65_HS1-834228961_62-HQ-83894_Section_4
Agency: FBI
Page 172
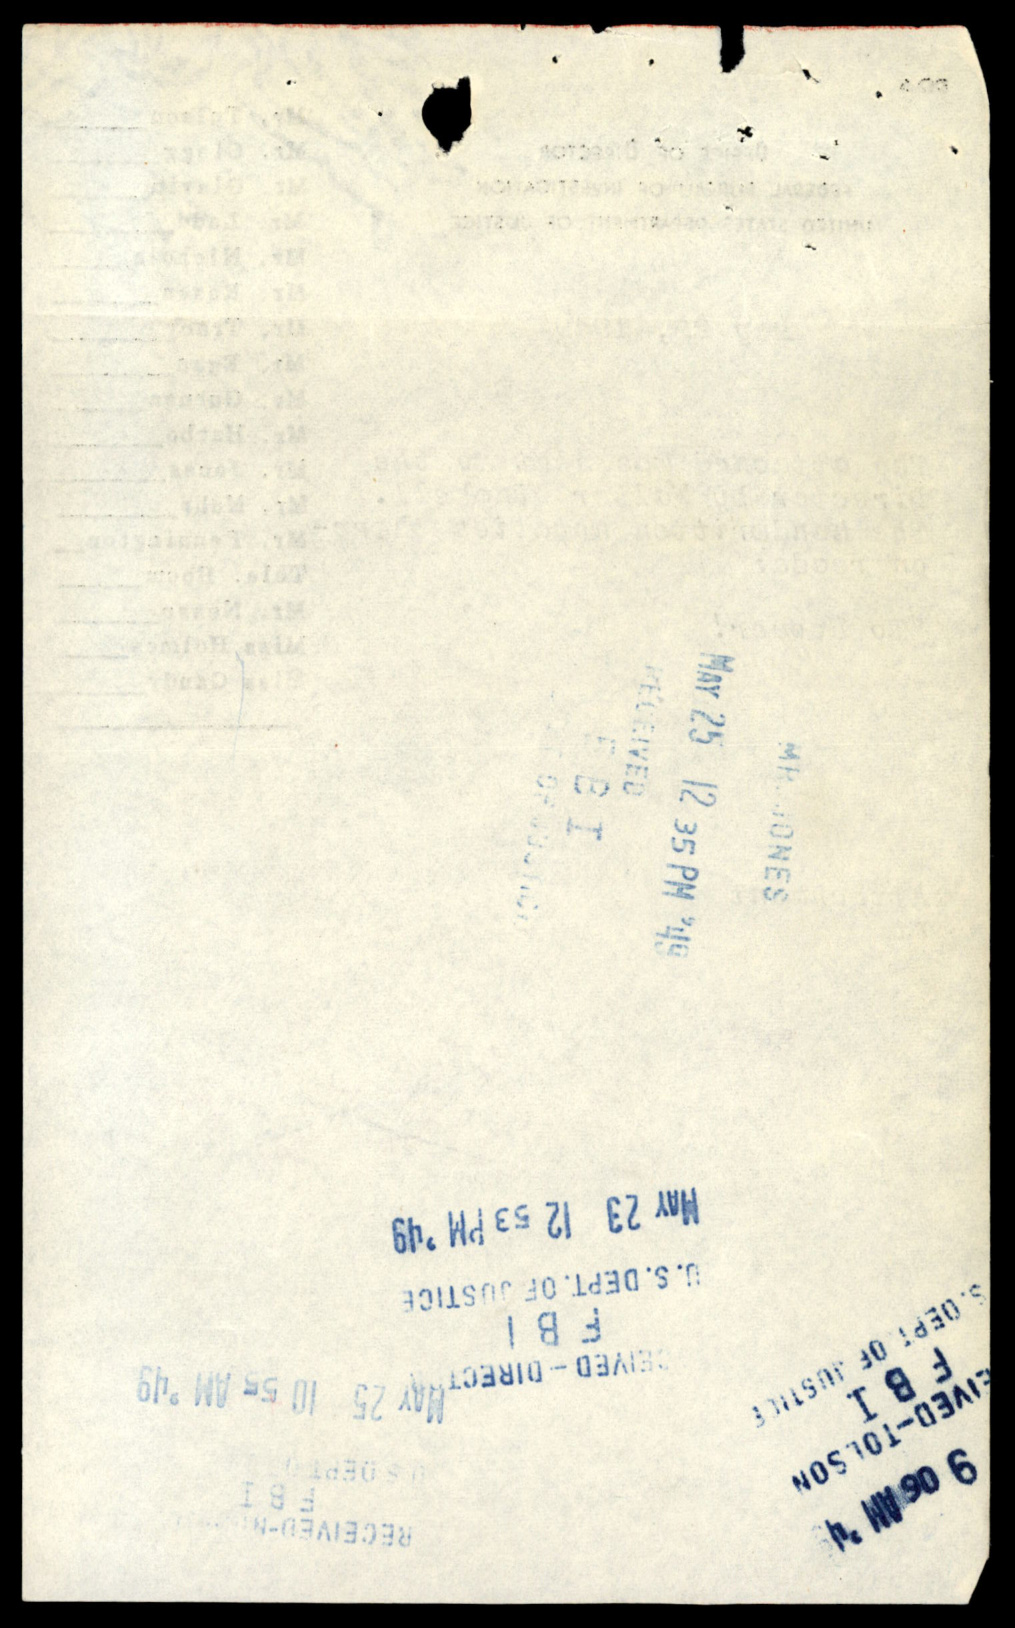